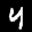
Label: 4